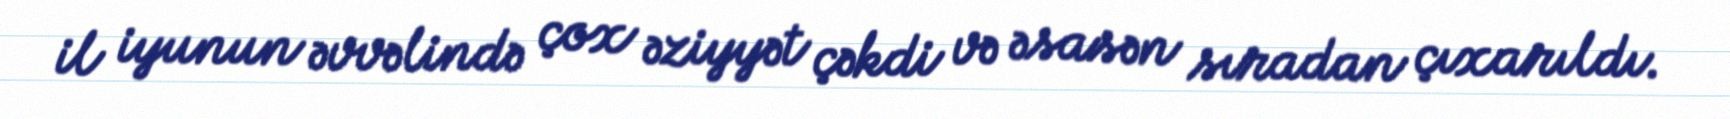
il iyunun əvvəlində çox əziyyət çəkdi və əsasən sıradan çıxarıldı.